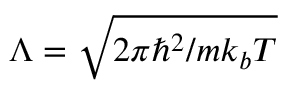
\Lambda = \sqrt { 2 \pi \hbar ^ { 2 } / m k _ { b } T }